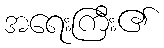
အရေးကြီး၏